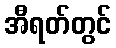
အီရတ်တွင်